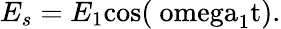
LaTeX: E_{s}=E_{1}\mathrm{{cos}(\ omega_{1}t).}